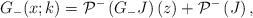
LaTeX: \begin{align*}G_-(x;k) = \mathcal{P}^{-}\left(G_{-} J \right)(z) + \mathcal{P}^{-}\left( J \right), \end{align*}